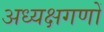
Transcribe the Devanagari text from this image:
अध्यक्षगणों